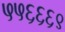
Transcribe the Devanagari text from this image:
५५६६६९